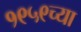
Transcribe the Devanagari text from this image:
१९५९च्या